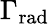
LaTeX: \Gamma_{\mathrm{rad}}